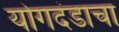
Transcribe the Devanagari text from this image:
योगदंडाचा